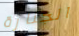
الجنازة